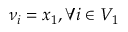
\nu _ { i } = x _ { 1 } , \forall i \in V _ { 1 }